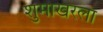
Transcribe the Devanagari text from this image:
शुमाखरला